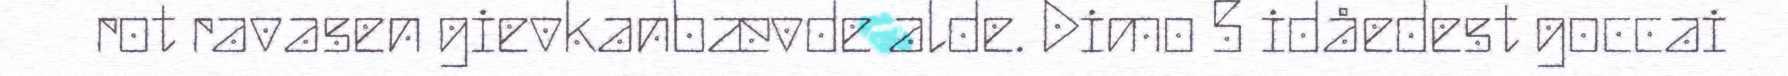
rot ravasen gievkanbævde alde. Dimo 5 idåedest goccai